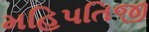
મહિપતિજી